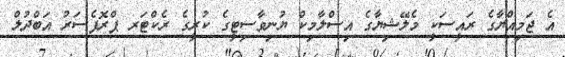
އެ ޖަމިއްޔާގެ ރައީސަކީ މެލޭޝިޔާގެ އިސްލާމިކް ޔުނިވާސިޓީގެ ކުރީގެ ރެކްޓަރ ޕްރޮފެސަރު އަބްދުލް